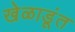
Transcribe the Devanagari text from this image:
खेळाडूंत